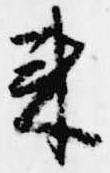
来